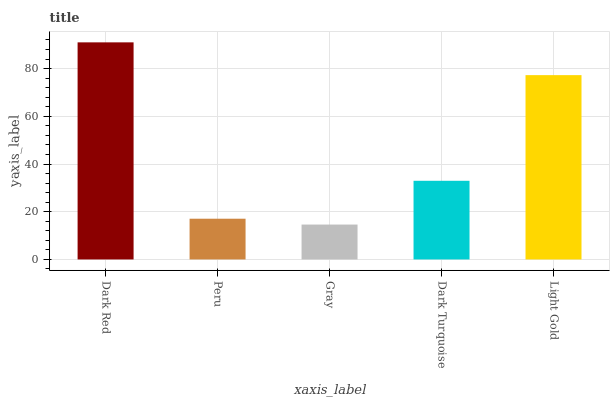
| xaxis_label | bars |
 | --- | --- |
 | Dark Red | 91 |
 | Peru | 17.1 |
 | Gray | 14.6 |
 | Dark Turquoise | 33 |
 | Light Gold | 77.3 |